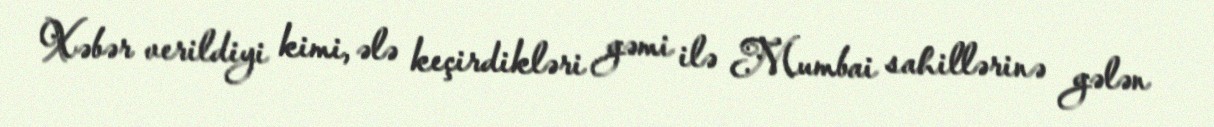
Xəbər verildiyi kimi, ələ keçirdikləri gəmi ilə Mumbai sahillərinə gələn